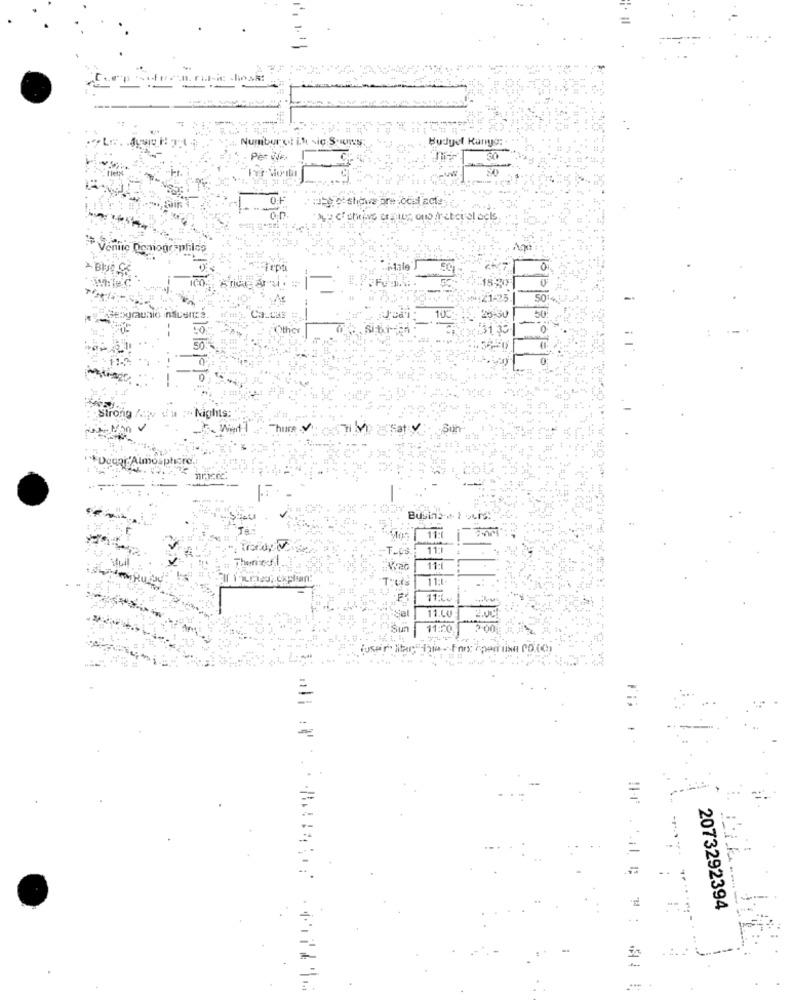
-
A Numberet it sie Suns
Budget Kango:
Per de
30
my of thefive orales ono freteral ocks
Venite Demographics
Teps
50
Ca.CHE
10C
OOther
Strong
" Nights:
- Time :
Busin2-+ 1 ours !!
11:1
11:1
11:1
meu; ckplan:
11:1
11:1.
Sal
11.6V
11:20
Usair
2073292394